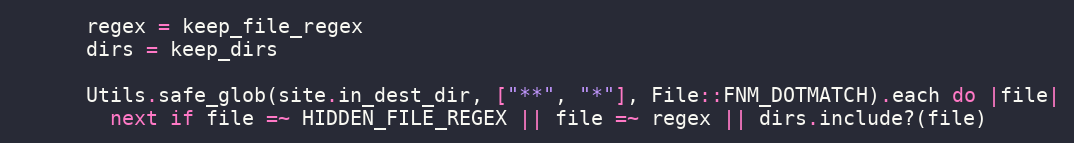
Language: Ruby
      regex = keep_file_regex
      dirs = keep_dirs

      Utils.safe_glob(site.in_dest_dir, ["**", "*"], File::FNM_DOTMATCH).each do |file|
        next if file =~ HIDDEN_FILE_REGEX || file =~ regex || dirs.include?(file)